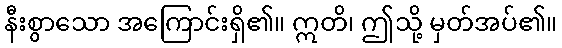
နီးစွာသော အကြောင်းရှိ၏။ ဣတိ၊ ဤသို့ မှတ်အပ်၏။